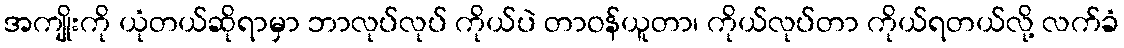
အကျိုးကို ယုံတယ်ဆိုရာမှာ ဘာလုပ်လုပ် ကိုယ်ပဲ တာဝန်ယူတာ၊ ကိုယ်လုပ်တာ ကိုယ်ရတယ်လို့ လက်ခံ